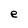
Character: e